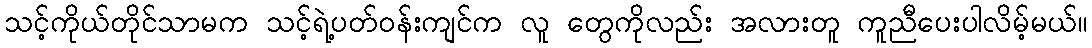
သင့်ကိုယ်တိုင်သာမက သင့်ရဲ့ပတ်၀န်းကျင်က လူ တွေကိုလည်း အလားတူ ကူညီပေးပါလိမ့်မယ်။